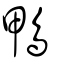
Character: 鴨